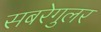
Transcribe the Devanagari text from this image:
सबरेगुलर